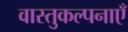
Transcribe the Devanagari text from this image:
वास्तुकल्पनाएँ